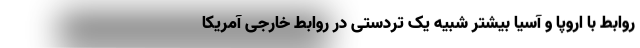
روابط با اروپا و آسیا بیشتر شبیه یک تردستی در روابط خارجی آمریکا